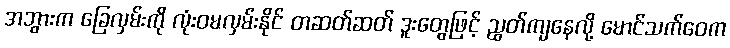
အဘွားက ခြေလှမ်းကို လုံးဝမလှမ်းနိုင် တဆတ်ဆတ် ဒူးတွေဖြင့် ညွတ်ကျနေလို့ မောင်သက်ဝေက